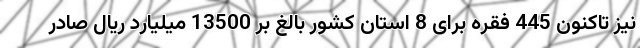
نیز تاکنون 445 فقره برای 8 استان کشور بالغ بر 13500 میلیارد ریال صادر